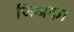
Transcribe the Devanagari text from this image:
जिअका